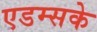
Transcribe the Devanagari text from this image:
एडम्सके